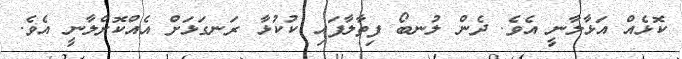
ކޮޅެއް އަޅާލާނީ އެވެ. ދެން ލުނބޯ ފިތާލާފައި ކުކުޅާ ރަނގަޅަށް އެއްކޮށްލާނީ އެވެ.